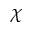
\chi